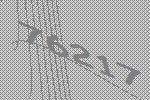
76217